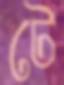
টে